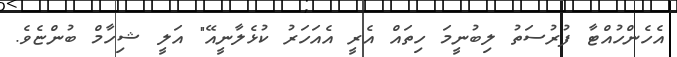
އެހެންހުއްޓާ ފުރުސަތު ލިބުނީމަ ހިތައް އެރީ އެއަހަރު ކުޅެލާނީއޭ" އަލީ ޝިހާމް ބުންޏެވެ.